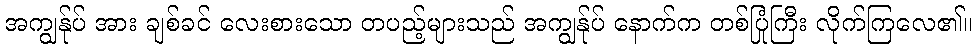
အကျွန်ုပ် အား ချစ်ခင် လေးစားသော တပည့်များသည် အကျွန်ုပ် နောက်က တစ်ပြုံကြီး လိုက်ကြလေ၏။